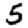
Digit: 5